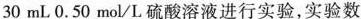
30mL0.50mol/L硫酸溶液进行实验，实验数